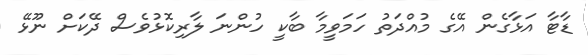
ޑާޓާ އަޅާގެން އޭގެ މުއްދަތު ހަމަވީމާ ބާކީ ހުންނަ ލާރިކޮޅުވެސް ދޭކަށް ނޫޅޭ